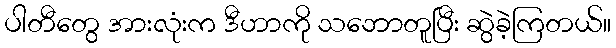
ပါတီတွေ အားလုံးက ဒီဟာကို သဘောတူပြီး ဆွဲခဲ့ကြတယ်။